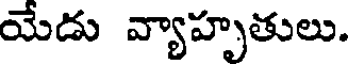
యేడు వ్యాహృతులు.